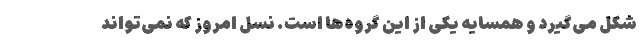
شکل می‌گیرد و همسایه یکی از این گروه‌ها است. نسل امروز که نمی‌تواند